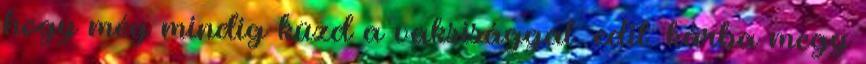
hogy még mindig küzd a vaksisággal. edit: kárba megy